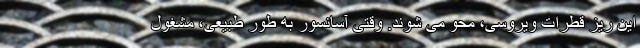
این ریز قطرات ویروسی، محو می شوند. وقتی آسانسور به طور طبیعی، مشغول